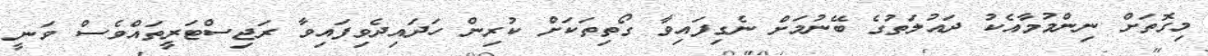
މިގޮތަށް ނިންމުމާއެކު ދައުލަތުގެ ބޭނުމަށް ނެގިފައިވާ ގޯތިތަކަށް ކުރިން ހަދައިދެވިފައިވާ ރަޖިސްޓަރީތައްވެސް ވަނީ